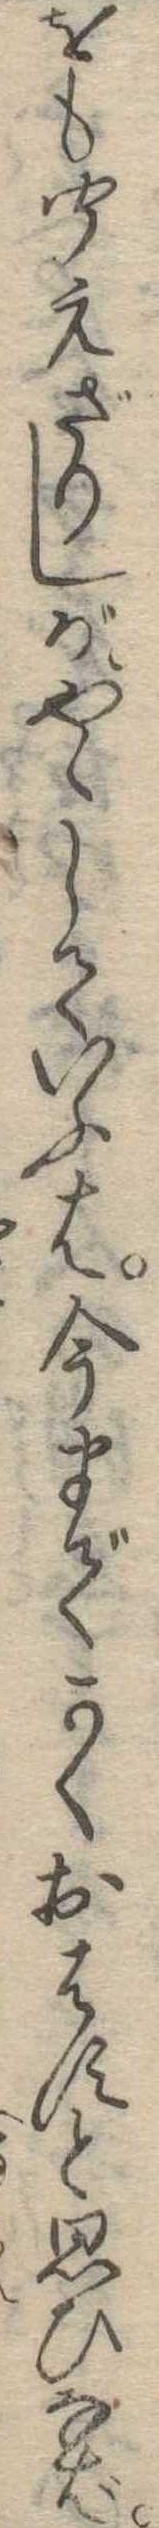
をも聞えざりしがやゝしていふは今までかくおはすと思ひなば